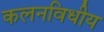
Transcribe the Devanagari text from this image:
कलनविधीय